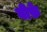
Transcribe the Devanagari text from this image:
बीफ़े